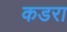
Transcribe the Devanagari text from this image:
कडरा